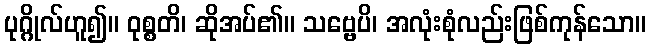
ပုဂ္ဂိုလ်ဟူ၍။ ဝုစ္စတိ၊ ဆိုအပ်၏။ သဗ္ဗေပိ၊ အလုံးစုံလည်းဖြစ်ကုန်သော။